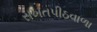
સખતપીઠવાળા